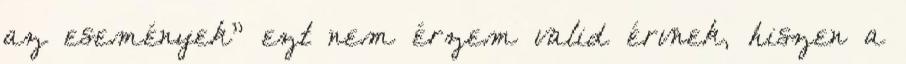
az események” ezt nem érzem valid érvnek, hiszen a